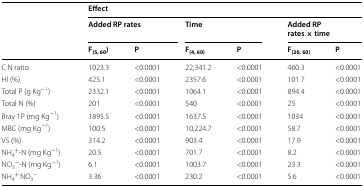
<table><thead><tr><td rowspan="3"></td><td colspan="6"><b>Effect</b></td></tr><tr><td colspan="2"><b>Added RP rates</b></td><td colspan="2"><b>Time</b></td><td colspan="2"><b>Added RP rates × time</b></td></tr><tr><td><b>F<sub>(5, 60</sub>)</b></td><td><b>P</b></td><td><b>F<sub>(4, 60)</sub></b></td><td><b>P</b></td><td><b>F<sub>(20, 60)</sub></b></td><td><b>P</b></td></tr></thead><tbody><tr><td>C:N ratio</td><td>1023.3</td><td>&lt;0.0001</td><td>22,341.2</td><td>&lt;0.0001</td><td>460.3</td><td>&lt;0.0001</td></tr><tr><td>HI (%)</td><td>425.1</td><td>&lt;0.0001</td><td>2357.6</td><td>&lt;0.0001</td><td>101.7</td><td>&lt;0.0001</td></tr><tr><td>Total P (g Kg<sup>−1</sup>)</td><td>2332.1</td><td>&lt;0.0001</td><td>1064.1</td><td>&lt;0.0001</td><td>894.4</td><td>&lt;0.0001</td></tr><tr><td>Total N (%)</td><td>201</td><td>&lt;0.0001</td><td>540</td><td>&lt;0.0001</td><td>25</td><td>&lt;0.0001</td></tr><tr><td>Bray 1P (mg Kg<sup>−1</sup>)</td><td>1895.5</td><td>&lt;0.0001</td><td>1637.5</td><td>&lt;0.0001</td><td>1034</td><td>&lt;0.0001</td></tr><tr><td>MBC (mg Kg<sup>−1</sup>)</td><td>100.5</td><td>&lt;0.0001</td><td>10,224.7</td><td>&lt;0.0001</td><td>58.7</td><td>&lt;0.0001</td></tr><tr><td>VS (%)</td><td>314.2</td><td>&lt;0.0001</td><td>903.4</td><td>&lt;0.0001</td><td>17.9</td><td>&lt;0.0001</td></tr><tr><td>NH<sub>4</sub><sup>+</sup>-N (mg Kg<sup>−1</sup>)</td><td>20.5</td><td>&lt;0.0001</td><td>701.7</td><td>&lt;0.0001</td><td>8.2</td><td>&lt;0.0001</td></tr><tr><td>NO<sub>3</sub><sup>−</sup>-N (mg Kg<sup>−1</sup>)</td><td>6.1</td><td>&lt;0.0001</td><td>1003.7</td><td>&lt;0.0001</td><td>23.3</td><td>&lt;0.0001</td></tr><tr><td>NH<sub>4</sub><sup>+</sup>:NO<sub>3</sub><sup>−</sup></td><td>3.36</td><td>&lt;0.0001</td><td>230.2</td><td>&lt;0.0001</td><td>5.6</td><td>&lt;0.0001</td></tr></tbody></table>